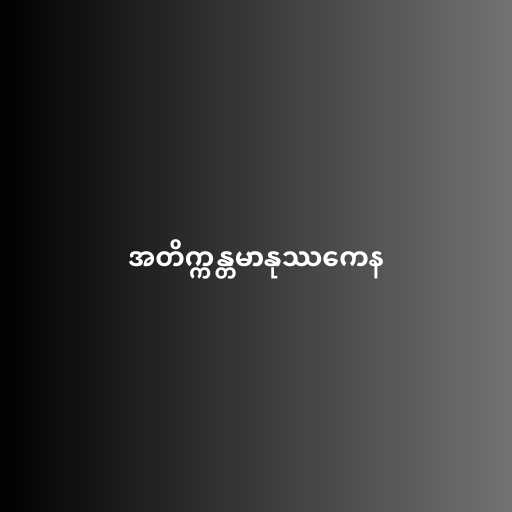
အတိက္ကန္တမာနုဿကေန